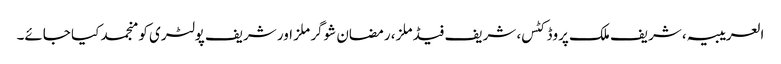
العریبیہ، شریف ملک پروڈکٹس، شریف فیڈ ملز، رمضان شوگر ملز اور شریف پولٹری کو منجمد کیا جائے۔